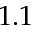
1 . 1